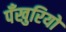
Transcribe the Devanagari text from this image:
पँखुरियों